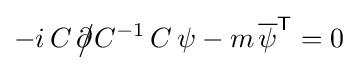
-i\,C\,{\partial \!\!\!{\big /}}C^{-1}\,C\,\psi -m\,{\overline {\psi }}^{\mathsf {T}}=0